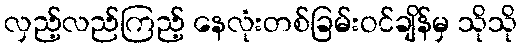
လှည့်လည်ကြည့် နေလုံးတစ်ခြမ်းဝင်ချိန်မှ သိုသို